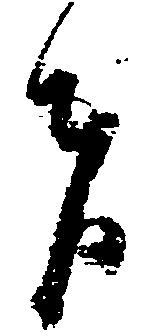
者